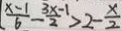
\frac { x - 1 } { 6 } - \frac { 3 x - 1 } { 2 } > 2 - \frac { x } { 2 }